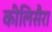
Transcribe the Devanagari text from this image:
कीलिसैरा